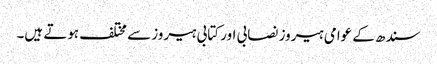
سندھ کے عوامی ہیروز نصابی اور کتابی ہیروز سے مختلف ہوتے ہیں۔